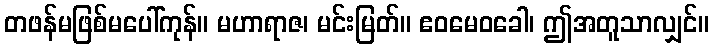
တဖန်မဖြစ်မပေါ်ကုန်။ မဟာရာဇ၊ မင်းမြတ်။ ဧဝမေဝခေါ၊ ဤအတူသာလျှင်။